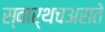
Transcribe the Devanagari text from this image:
स्वार्थचअसते